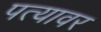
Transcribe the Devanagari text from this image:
पत्‍यावर